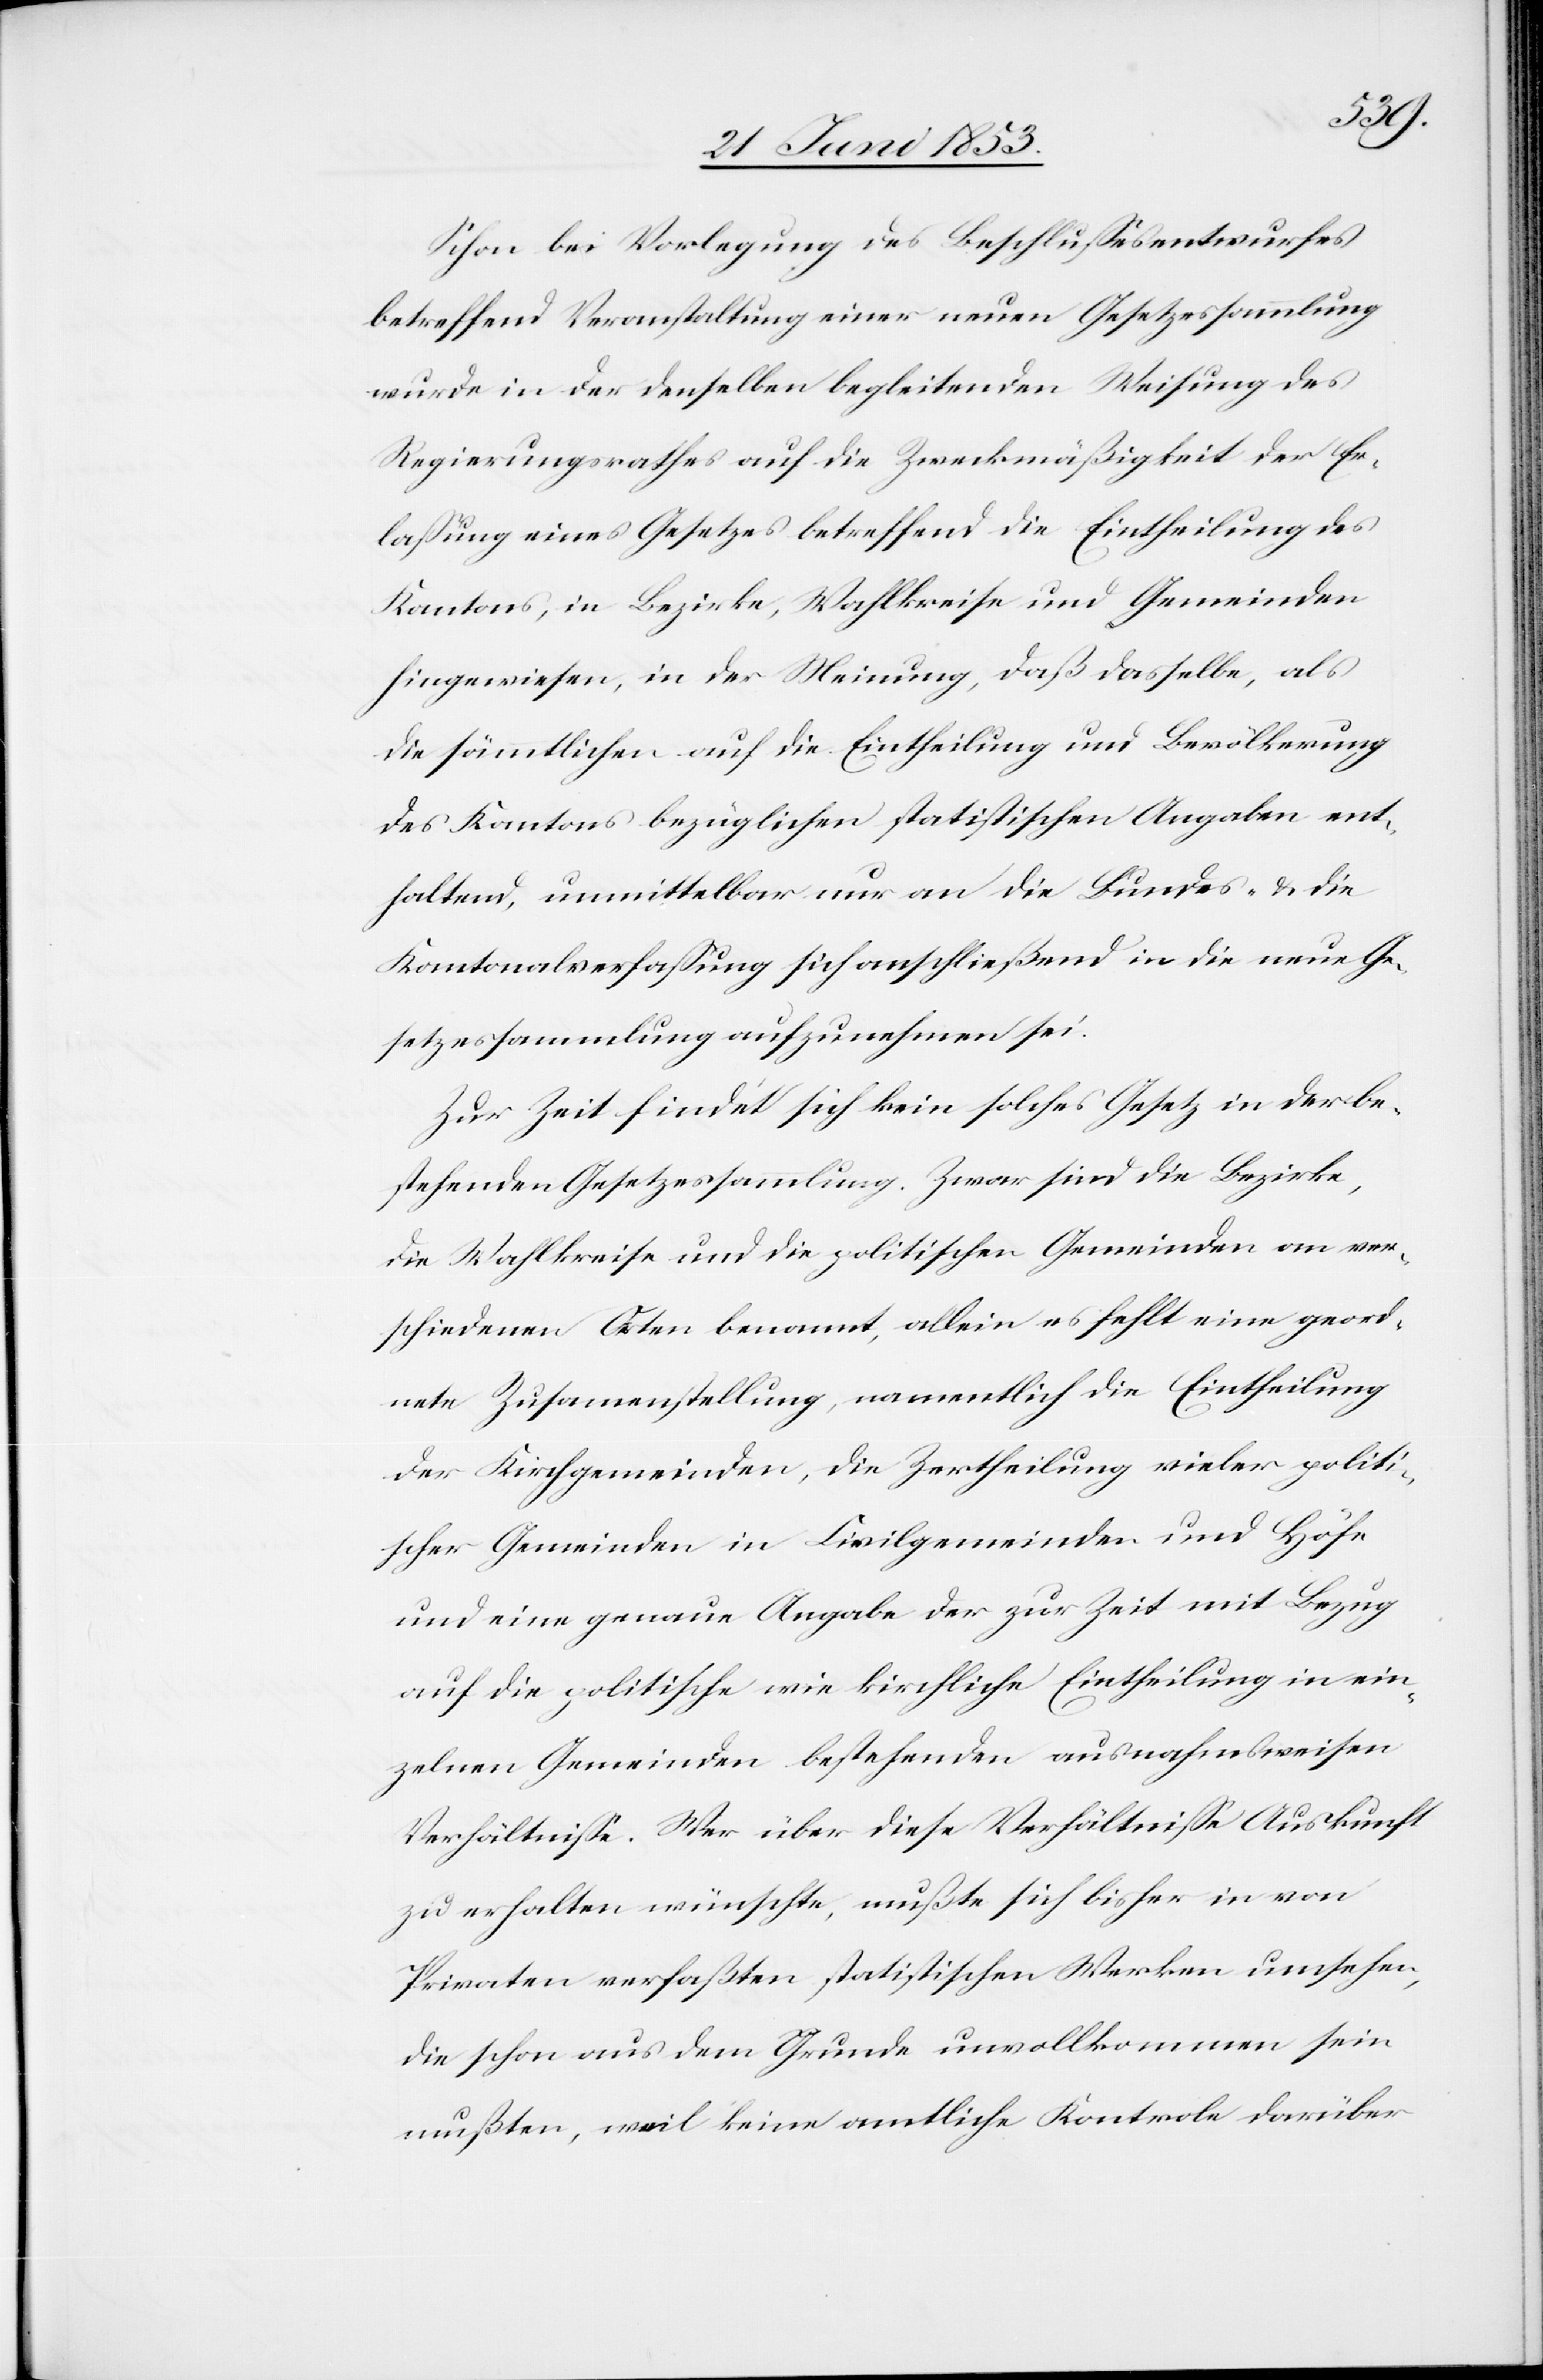
Schon bei Verlegung des Beschlußesentwurfes
betreffend Veranstaltung einer neuen Gesetzessammlung
wurde in der denselben begleitenden Weisung des
Regierungsrathes auf die Zweckmäßigkeit der Er¬
laßung eines Gesetzes betreffend die Eintheilung des
Kantons, in Bezirke, Wahlkreise und Gemeinden
hingewiesen, in der Meinung, daß dasselbe, als
die sämmtlichen auf die Eintheilung und Bevölkerung
des Kantons bezüglichen statistischen Angaben ent¬
haltend, unmittelbar nur an die Bundes- u. die
Kantonalverfaßung sich anschließend in die neue Ge¬
setzesssammlung aufzunehmen sei.
Zur Zeit findet sich kein solches Gesetz in der be¬
stehenden Gesetzessammlung. Zwar sind die Bezirk¬
e, Wahlkreise und die politischen Gemeinden an ver¬
schiedenen Orten benannt, allein es fehlt eine geord¬
nete Zusammenstellung, namentlich die Eintheilung
der Kirchgemeinden, die Zertheilung vieler politi¬
scher Gemeinden in Civilgemeinden und Höfe
und eine genau Angabe der zur Zeit mit Bezug
auf die politische wie kirchliche Eintheilung in ein¬
zelnen Gemeinden bestehenden ausnahmsweisen
Verhältniße. Wer über diese Verhältniße Auskunft
zu erhalten wünsche, mußte sich bisher in von
Privaten verfaßten, statistischen Werken umsehen,
die schon aus dem Grunde unvollkommenen sein
mußten, weil keine amtliche Kontrole darüber